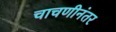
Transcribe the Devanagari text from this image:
चाचणीनंतर